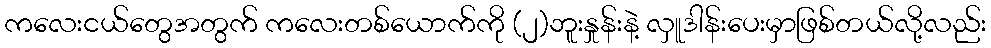
ကလေးငယ်တွေအတွက် ကလေးတစ်ယောက်ကို (၂)ဘူးနှုန်းနဲ့ လှူဒါန်းပေးမှာဖြစ်တယ်လို့လည်း